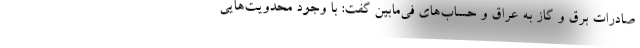
صادرات برق و گاز به عراق و حساب‌های فی‌مابین گفت: با وجود محدویت‌هایی